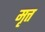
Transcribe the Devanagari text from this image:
मृत्त